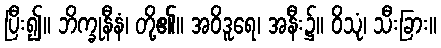
ပြီး၍။ ဘိက္ခုနီနံ၊ တို့၏။ အဝိဒူရေ၊ အနီး၌။ ဝိသုံ၊ သီးခြား။